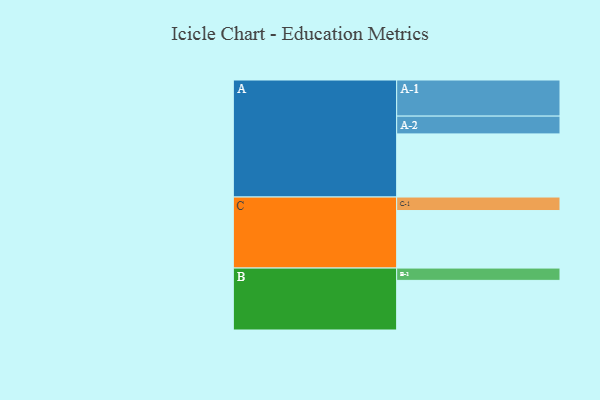
{"axis": {"x": "Segment", "y": "Value"}, "legend": ["", "A", "B", "C"], "data": [{"x": "A", "y": 472, "type": ""}, {"x": "B", "y": 371, "type": ""}, {"x": "C", "y": 430, "type": ""}, {"x": "A-1", "y": 270, "type": "A"}, {"x": "A-2", "y": 133, "type": "A"}, {"x": "B-1", "y": 92, "type": "B"}, {"x": "C-1", "y": 101, "type": "C"}]}